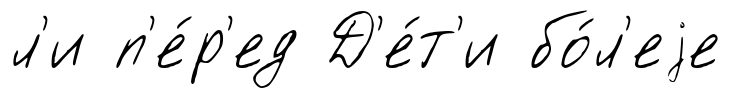
л'и п'е́р'ед Д'е́т'и бо́л'еjе